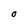
Character: O